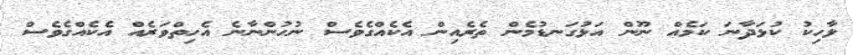
ލާހިކު ކުޅަދާނަ ކަމެއް ނޫން އަޅުގަނޑުމެން ތެރެއިން އެކެއްގެވެސް ނުހުންނާނެ އެހިތްވަރެއް އެކެއްގެވެސް